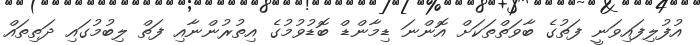
އުފުލިފައިވަނީ ފަތުގެ ބާވަތްތަކަށް އޮންނަ ޑިމާންޑް ބޮޑުވުމުގެ އިތުރުންނާއި ފަތް ލިބުމުގައި ދަތިތައް